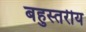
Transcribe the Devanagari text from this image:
बहुस्‍तरीय